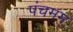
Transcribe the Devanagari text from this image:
पंचमम्